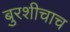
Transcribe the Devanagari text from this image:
बुरशीचाच